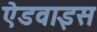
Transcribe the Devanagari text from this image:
ऐडवाइस